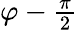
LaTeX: \textstyle\varphi-{\frac{\pi}{2}}